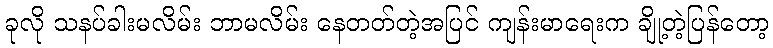
ခုလို သနပ်ခါးမလိမ်း ဘာမလိမ်း နေတတ်တဲ့အပြင် ကျန်းမာရေးက ချို့တဲ့ပြန်တော့